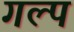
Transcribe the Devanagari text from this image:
गल्‍प